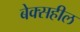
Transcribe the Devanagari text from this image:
बेक्सहील